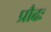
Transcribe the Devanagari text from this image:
प्रौढः